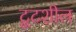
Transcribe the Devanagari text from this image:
टूटशील